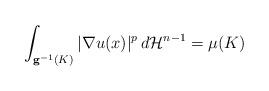
LaTeX: \begin{align*} \int_{\mathbf{g}^{-1} ( K) } | \nabla u(x) |^p \, d \mathcal{H}^{n-1}= \mu (K ) \end{align*}